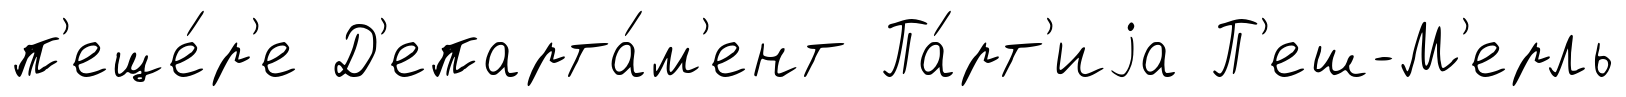
п'еще́р'е Д'епарта́м'ент Па́рт'иjа П'еш-М'ерль